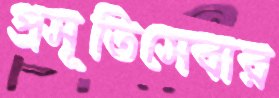
প্রসূতিসেবার